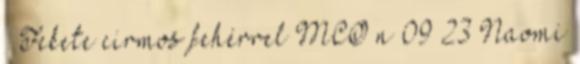
♀ Fekete cirmos fehérrel MCO n 09 23 Naomi